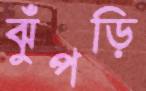
ঝুঁপড়ি